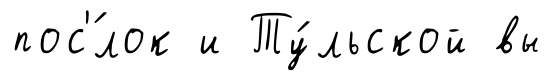
пос'́лок и Ту́льской вы